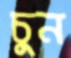
চুন